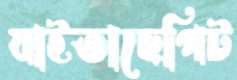
যাইতাছেপিট